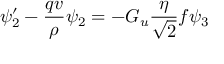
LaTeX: \psi _ { 2 } ^ { \prime } - { \frac { q v } { \rho } } \psi _ { 2 } = - G _ { u } { \frac { \eta } { \sqrt { 2 } } } f \psi _ { 3 }